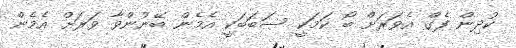
ކުދިން ފެގް އެވަރަށް ބޯ ކަމަކީ ސަބަަބަކީ އެމެން ބޭނުންވާ ވަރަށް އެމެން